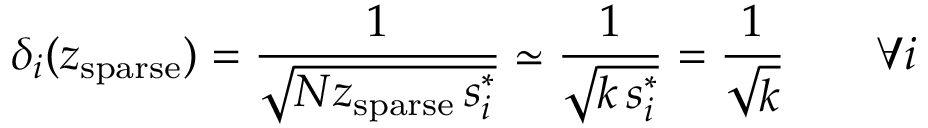
\delta _ { i } ( z _ { \mathrm { s p a r s e } } ) = \frac { 1 } { \sqrt { N z _ { \mathrm { s p a r s e } } \, s _ { i } ^ { * } } } \simeq \frac { 1 } { \sqrt { k \, s _ { i } ^ { * } } } = \frac { 1 } { \sqrt { k } } \qquad \forall i